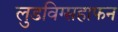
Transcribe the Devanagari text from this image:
लुडविग्सहाफन